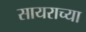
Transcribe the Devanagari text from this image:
सायराच्या